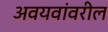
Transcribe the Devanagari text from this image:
अवयवांवरील